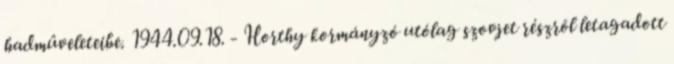
hadmûveleteibe. 1944.09.18. - Horthy kormányzó utólag szovjet részrõl letagadott